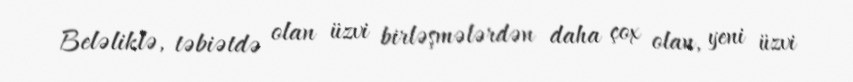
Beləliklə, təbiətdə olan üzvi birləşmələrdən daha çox olan, yeni üzvi